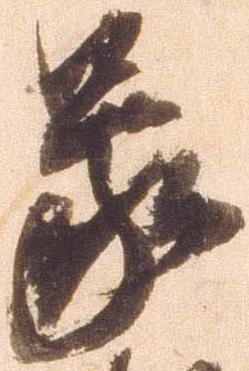
蒙